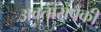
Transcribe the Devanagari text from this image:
अवतांरांपैकीं